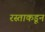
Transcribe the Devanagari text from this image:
रस्ताकडून